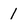
Character: 1